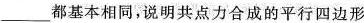
___都基本相同，说明共点力合成的平行四边形